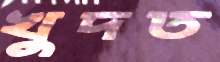
খুদত